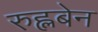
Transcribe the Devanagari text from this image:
रुह्लबेन